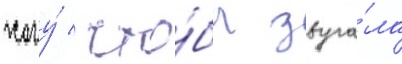
хочу́ / что́бы звуча́ла